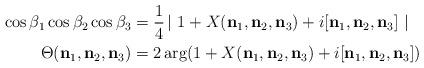
LaTeX: \begin{align*}\cos\beta_{1}\cos\beta_{2}\cos\beta_{3} & =\frac{1}{4}\left\vert\ 1+X(\mathbf{n}_{1},\mathbf{n}_{2},\mathbf{n}_{3})+i[\mathbf{n}_{1},\mathbf{n}_{2},\mathbf{n}_{3}]\ \right\vert \\\Theta(\mathbf{n}_{1},\mathbf{n}_{2},\mathbf{n}_{3}) & =2\arg(1+X(\mathbf{n}_{1},\mathbf{n}_{2},\mathbf{n}_{3})+i[\mathbf{n}_{1},\mathbf{n}_{2},\mathbf{n}_{3}]) \end{align*}